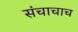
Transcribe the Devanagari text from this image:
संचाचाच